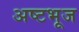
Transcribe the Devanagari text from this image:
अष्टभूज